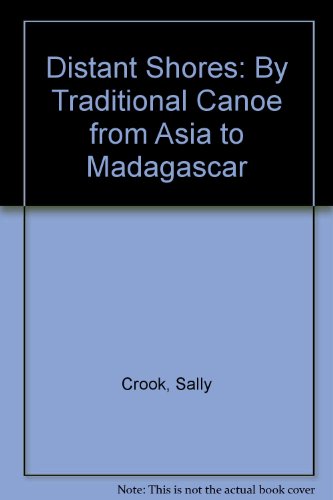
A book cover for Distant Shores: By Traditional Canoe from Asia to Madagascar; Sally Crook; Travel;